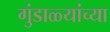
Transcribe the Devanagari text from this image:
गुंडाळ्यांच्या